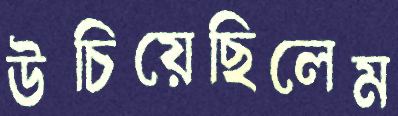
উচিয়েছিলেম